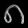
Digit: ၈